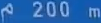
^{\wedge}200\